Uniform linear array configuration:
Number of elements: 4
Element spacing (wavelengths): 0.25
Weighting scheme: uniform
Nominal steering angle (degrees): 30
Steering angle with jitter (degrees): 31.433
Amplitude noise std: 0.05
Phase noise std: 0.05

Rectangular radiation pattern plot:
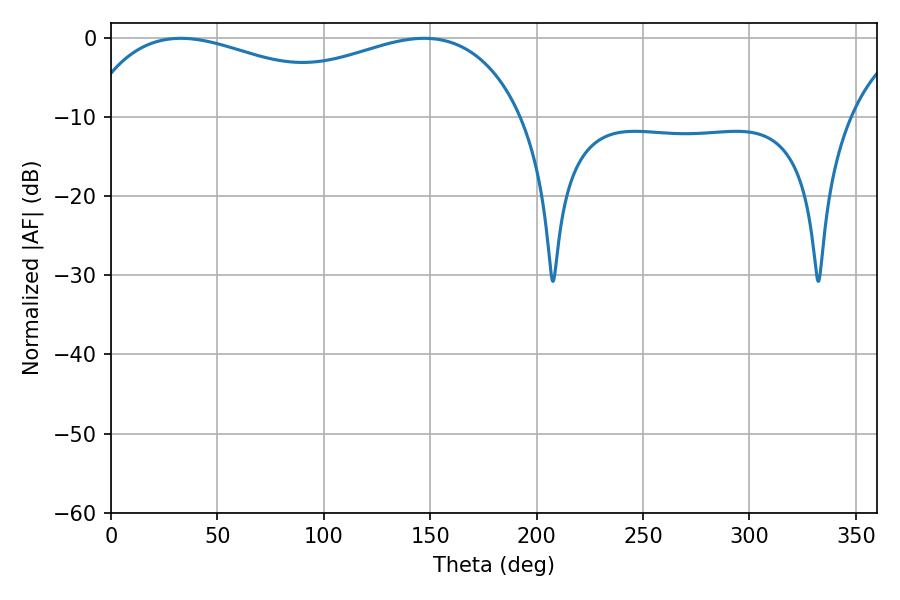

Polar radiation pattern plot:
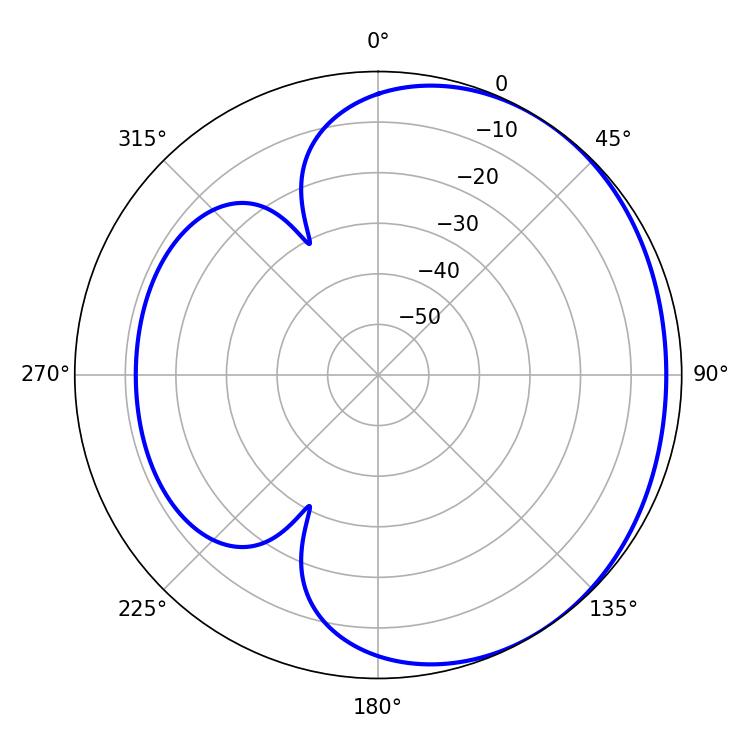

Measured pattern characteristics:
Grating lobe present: FALSE
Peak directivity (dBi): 1.755
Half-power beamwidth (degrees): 80.46
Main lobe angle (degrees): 32.76